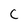
Character: C